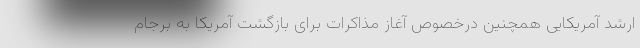
ارشد آمریکایی همچنین درخصوص آغاز مذاکرات برای بازگشت آمریکا به برجام